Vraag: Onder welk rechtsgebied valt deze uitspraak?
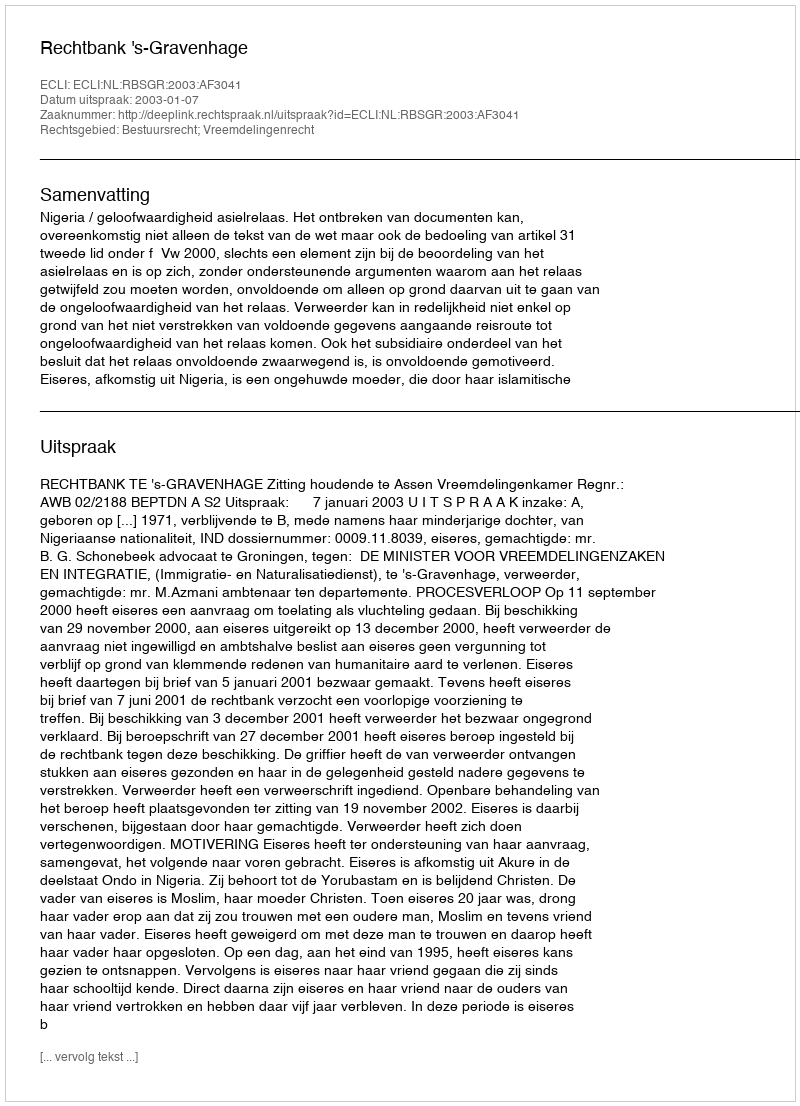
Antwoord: Bestuursrecht; Vreemdelingenrecht